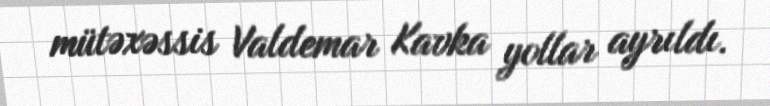
mütəxəssis Valdemar Kavka yollar ayrıldı.